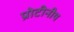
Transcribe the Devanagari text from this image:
प्रोटीनीय